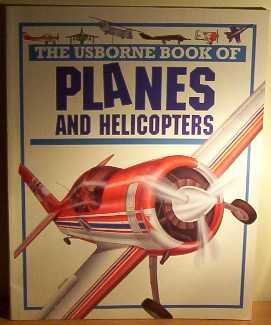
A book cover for The Usborne Book of Planes and Helicopters (Young Machines Series); Clive Gifford; Children's Books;